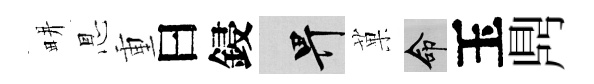
畊㤙重曰鋟畀菓命玉𪔂